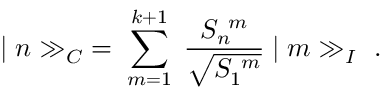
\vert \; n \gg _ { C } \; = \; \sum _ { m = 1 } ^ { k + 1 } \; \frac { S _ { n } ^ { \ m } } { \sqrt { S _ { 1 } ^ { \ m } } } \; \vert \; m \gg _ { I } \ .